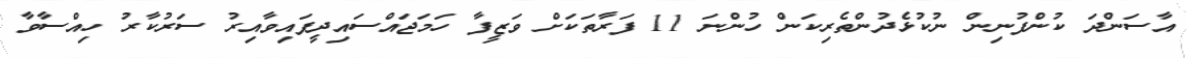
އާސަންދަ ކުންފުނިން ނުކުޅެދުންތެރިކަން ހުންނަ 11 ފަރާތަކަށް ވަޒީފާ ހަމަޖައްސައިދީފައިވާއިރު ސަރުކާރު ހިއްސާވާ